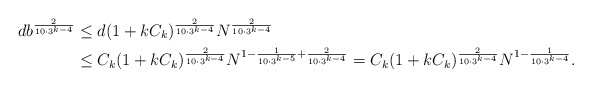
\begin{align*}d b^{\frac{2}{10 \cdot 3^{k-4}}} &\le d (1 + k C_k)^{\frac{2}{10 \cdot 3^{k-4}}} N^{\frac{2} {10 \cdot 3^{k-4}}} \\&\le C_k (1 + k C_k)^{\frac{2}{10 \cdot 3^{k-4}}} N^{1 - \frac{1}{10 \cdot 3^{k-5}} + \frac{2}{10 \cdot 3^{k-4}}} = C_k (1 + k C_k)^{\frac{2}{10 \cdot 3^{k-4}}} N^{1 - \frac{1}{10 \cdot 3^{k-4}}}.\end{align*}